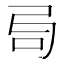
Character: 𠯶